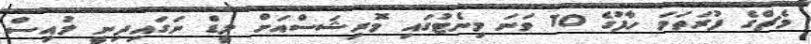
މެޗްގެ ފުރަތަމަ ހާފުގެ 10 ވަނަ މިނެޓުގައި މޮރިޝަސްއަށް ލީޑް ނަގައިދިނީ ލުއިސް